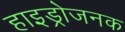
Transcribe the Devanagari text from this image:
हाइड्रोजनक